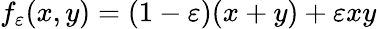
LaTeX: f_{\varepsilon}(x,y)=(1-\varepsilon)(x+y)+\varepsilon xy